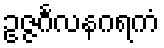
ဥဇ္ဇင်္ဂလနဂရကံ